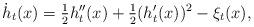
LaTeX: \begin{align*}\dot{h}_t(x) = \tfrac12 h''_t(x) + \tfrac12(h'_t(x))^2 - \xi_t(x),\end{align*}